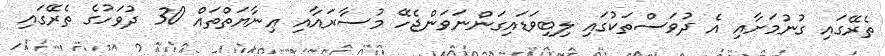
ތެރޭގައި ގުނުމަށާއި އެ ދުވަސްތަކުގައި ލިބިވަޑައިގަންނަވަންޖެހޭ މުސާރައާއި ޢިނާޔަތްތައް 30 ދުވަހުގެ ތެރޭގައި